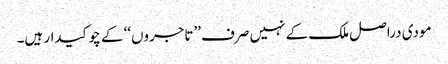
مودی دراصل ملک کے نہیں صرف ’’تاجروں‘‘ کے چوکیدار ہیں۔